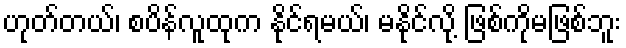
ဟုတ်တယ်၊ စပိန်လူထုက နိုင်ရမယ်၊ မနိုင်လို့ ဖြစ်ကိုမဖြစ်ဘူး